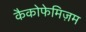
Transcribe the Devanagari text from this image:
कैकोफेमिज़म